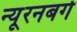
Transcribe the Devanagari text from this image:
न्यूरनबर्ग